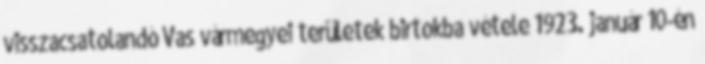
visszacsatolandó Vas vármegyei területek birtokba vétele 1923. január 10-én